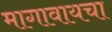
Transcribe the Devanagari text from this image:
मागावायचा